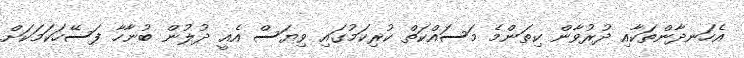
އެހަނދާންތަކާއި ދުރުވާން ކިތަންމެ މަސައްކަތް ކުރިކަމުގައި ވިޔަސް އެއީ ދުލުން ބުނާހާ ފަސޭހަކަމަކަށް